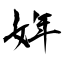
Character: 姩